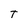
Character: T